Medical and sanitary report of the native army of Madras for the year
Year: 1875
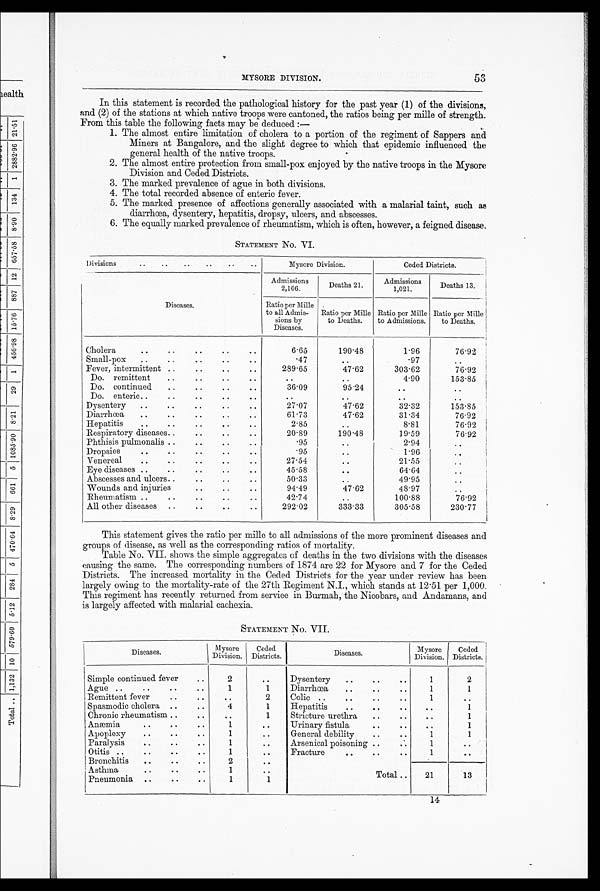
MYSORE DIVISION.
53
In this statement is recorded the pathological history for the past year (1) of the divisions,
and (2) of the stations at which native troops were cantoned, the ratios being per mille of strength.
From this table the following facts may be deduced :-
1. The almost entire limitation of cholera to a portion of the regiment of Sappers and
Miners at Bangalore, and the slight degree to which that epidemic influenced the
general health of the native troops.
2. The almost entire protection from small-pox enjoyed by the native troops in the Mysore
Division and Ceded Districts.
3. The marked prevalence of ague in both divisions.
4.
The total recorded absence of enteric fever.
5. The marked presence of affections generally associated with a malarial taint, such as
diarrhoea, dysentery, hepatitis, dropsy, ulcers, and abscesses.
6. The equally marked prevalence of rheumatism, which is often, however, a feigned disease.
STATEMENT No.VI.
Divisions
Mysore Division.
Ceded Districts.
Diseases.
Admissions
2106.
Deaths 21.
Admissions 1.021.
Deaths 13.
Ratio per Mille
to all Admis-
sions by
Diseases.
Ratio per Mille
to Deaths.
Ratio per Mille
to Admissions
Ratio per Mile
to Deaths.
Cholera
6.65
190.48
1.96
76.92
Small-pox
.47
..
.97
..
Fever,intermittent
289.65
47.62
303.62
76.92
Do.remittent
..
. .
4.90
153.85
Do.continued
36.09
95.24
. .
..
Do.enteric
..
..
. .
. .
Dysentery
27.07
47.62
32.32
153.85
Diarrhoea
61.73
47.62
31.34
76.92
Hepatitis
2.85
..
8.81
76.92
Respiratory diseases
20.89
190.48
19.59
76.92
Phthisis pulmonalis
.95
..
2.94
..
Dropsies
.95
. .
1.96
. .
Venereal
27.54
. .
21.55
. .
Eye diseases
45.58
..
64.64
. .
Abscesses and ulcers
50.33
. .
49.95
..
Wounds and injuries
94.49
47.62
48.97
. .
Rheumatism.
42.74
. .
100.88
76.92
All other diseases
2 9 2 . 0 2
333.33
305.58
230.77
This statement gives the ratio per mille to all admissions of the more prominent diseases and
groups of disease, as well as the corresponding ratios of mortality.
Table No. VII. shows the simple aggregates of deaths in the two divisions with the diseases
causing the same. The corresponding numbers of 1874 are 22 for Mysore and 7 for the Ceded
Districts. The increased mortality in the Ceded Districts for the year under review has been
largely owing to the mortality-rate of the 27th Regiment N.I., which stands at 12.51 per 1,000.
This regiment has recently returned from service in Burmah, the Nicobars, and Andamans, and
is largely affected with malarial cachexia.
STATEMENT No. VII.
Diseases.
Mysore
Division.
Ceded
Districts.
Diseases
Mysore
Division.
Ceded
Districts.
Simple continued fever
2
..
Dysentery
1
2
Ague
1
1
Diarrhoea
1
1
Remittent fever
..
2
Colic
1
..
Spasmodic cholera
4
1
Hepatitis
..
1
Chronic rheumatism
..
1
Stricture urethra
..
1
Anaemia
1
..
Urinary fistula
..
1
Apoplexy
1
.. General debility
1
1
Paralysis
1
..
Arsenical poisoning.. ..
1
..
Otitis
1
..
Fracture
1
..
Bronchitis
2
..
21
13
Asthma
Pneumonia
1
1
..
1
Total ..
1 4